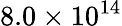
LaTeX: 8.0\times 10^{14}